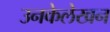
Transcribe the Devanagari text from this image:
उनकेलेखन